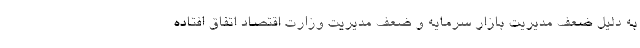
به دلیل ضعف مدیریت بازار سرمایه و ضعف مدیریت وزارت اقتصاد اتفاق افتاده